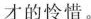
才的怜惜。